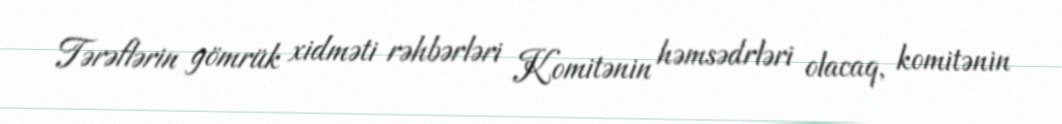
Tərəflərin gömrük xidməti rəhbərləri Komitənin həmsədrləri olacaq, komitənin